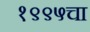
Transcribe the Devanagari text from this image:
१९९५चा